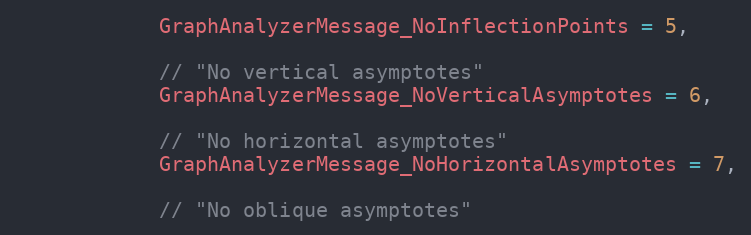
Language: C
            GraphAnalyzerMessage_NoInflectionPoints = 5,

            // "No vertical asymptotes"
            GraphAnalyzerMessage_NoVerticalAsymptotes = 6,

            // "No horizontal asymptotes"
            GraphAnalyzerMessage_NoHorizontalAsymptotes = 7,

            // "No oblique asymptotes"